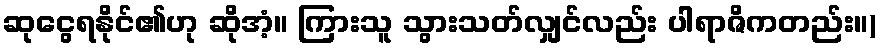
ဆုငွေရနိုင်၏ဟု ဆိုအံ့။ ကြားသူ သွားသတ်လျှင်လည်း ပါရာဇိကတည်း။)